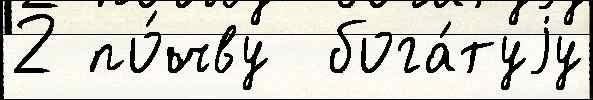
2 по́чву  бога́туjу